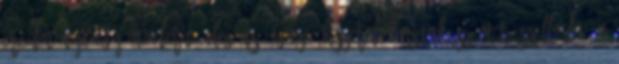
eredménye egy modern, elegáns, igazi ékszerdoboznak számító szálloda, a